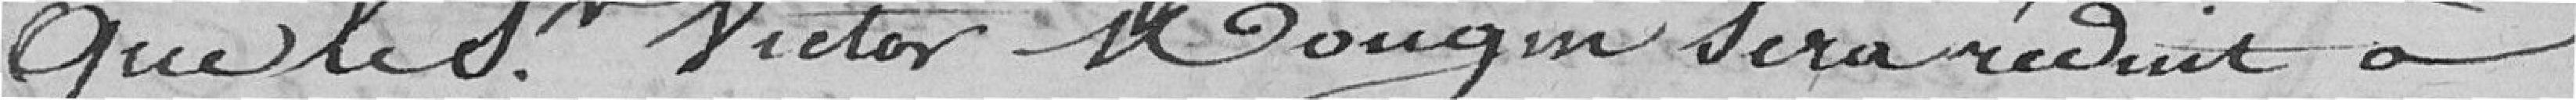
que le sieur Victor Mougin sera réduit à